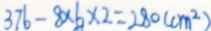
3 7 6 - 8 \times 6 \times 2 = 2 8 0 ( c m ^ { 2 } )